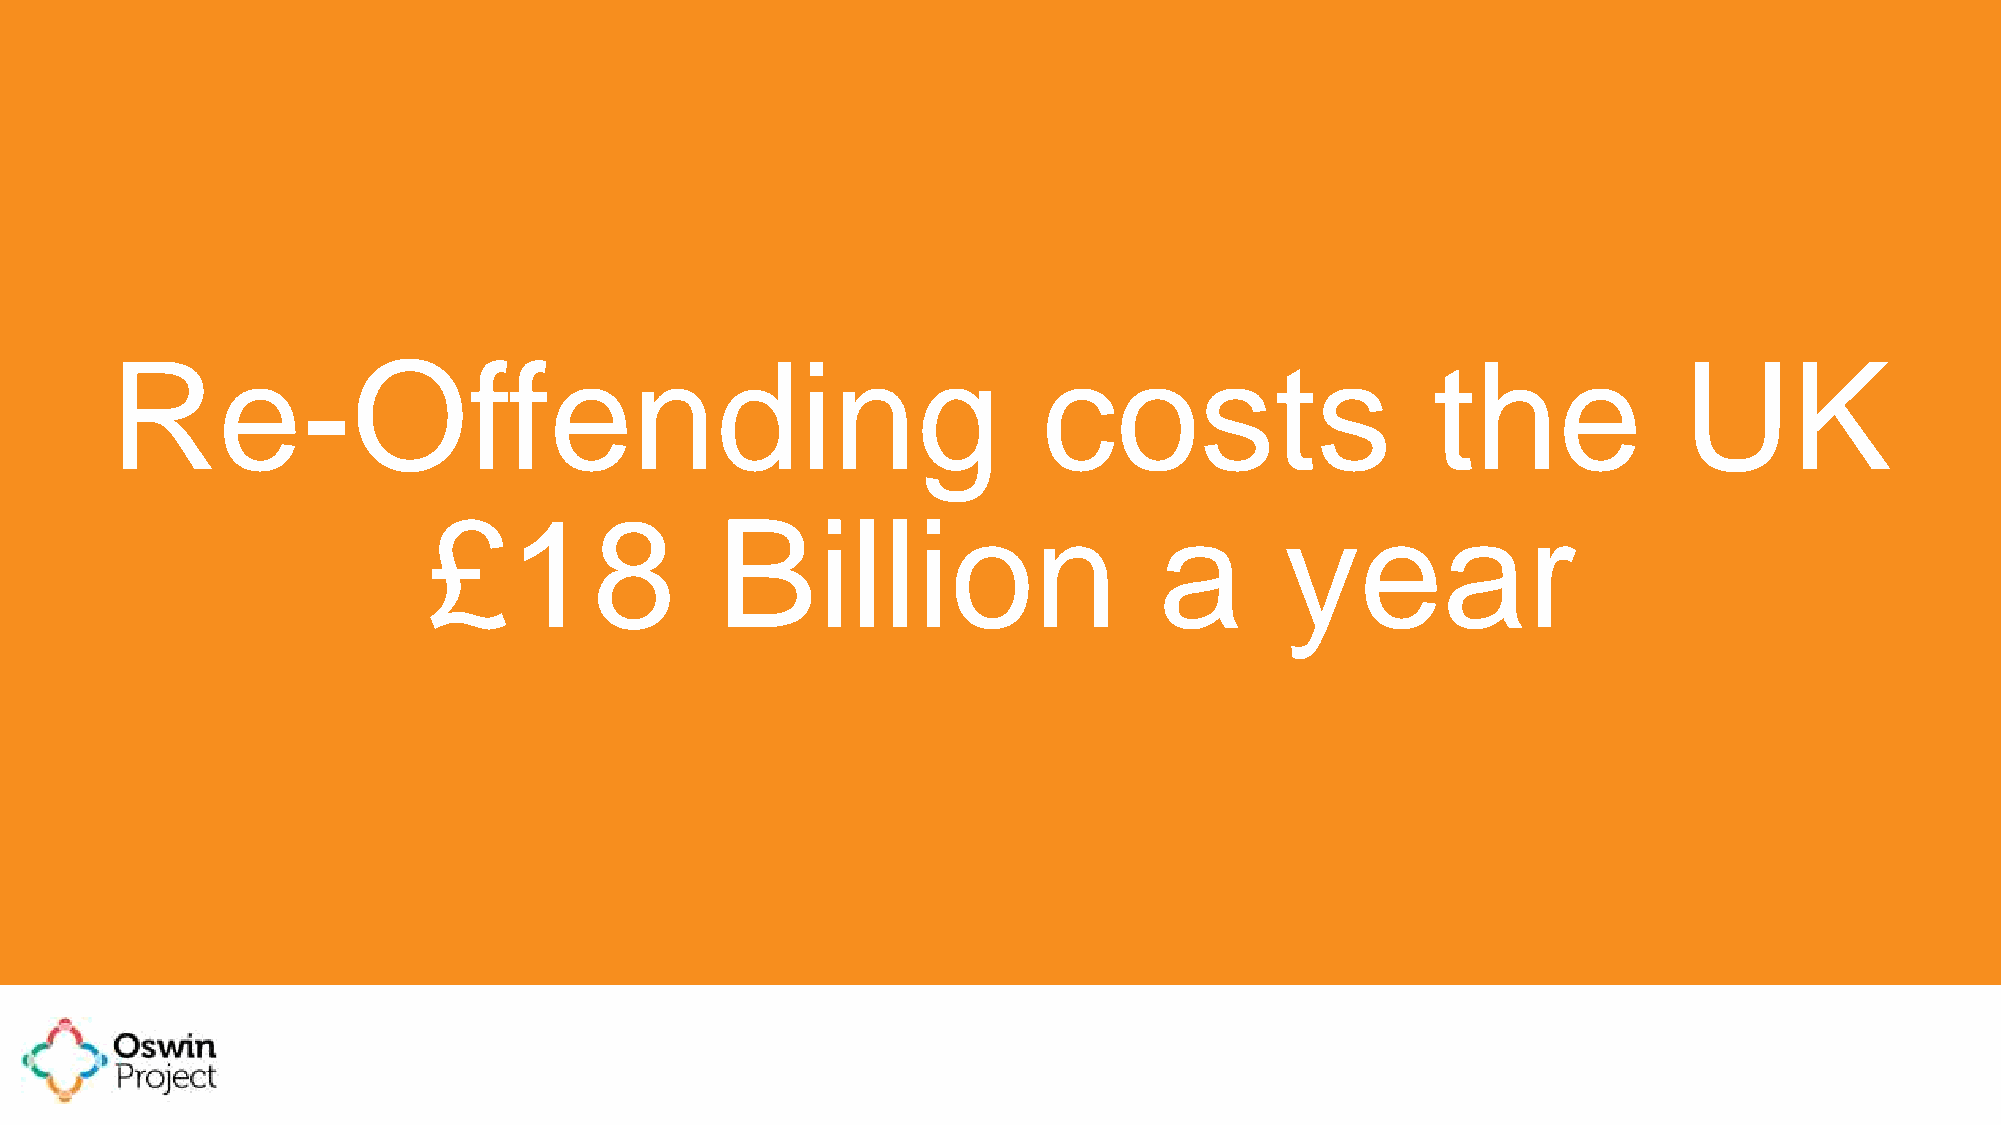
Re-Offending                                                  costs                     the             UK
 £18                Billion                       a       year